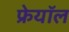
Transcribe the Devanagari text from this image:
फ्रेयॉल